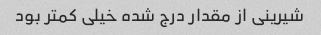
شیرینی از مقدار درج شده خیلی کمتر بود